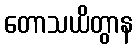
တောသယိတွာန